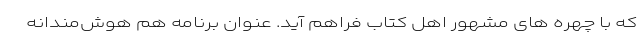
که با چهره های مشهور اهل کتاب فراهم آید. عنوان برنامه هم هوش‌مندانه